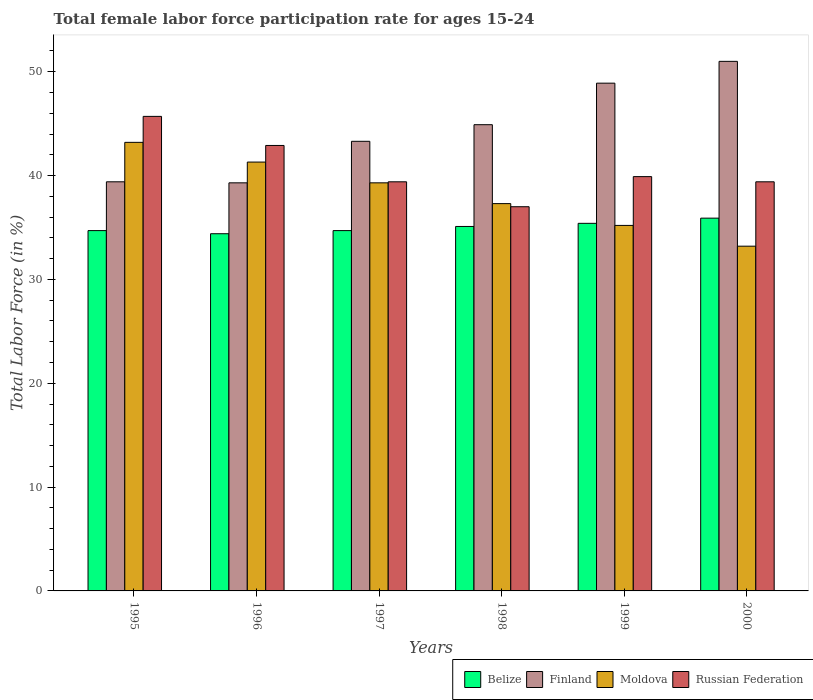
| Years | Belize | Finland | Moldova | Russian Federation |
 | --- | --- | --- | --- | --- |
 | 1995 | 34.7 | 39.4 | 43.2 | 45.7 |
 | 1996 | 34.4 | 39.3 | 41.3 | 42.9 |
 | 1997 | 34.7 | 43.3 | 39.3 | 39.4 |
 | 1998 | 35.1 | 44.9 | 37.3 | 37 |
 | 1999 | 35.4 | 48.9 | 35.2 | 39.9 |
 | 2000 | 35.9 | 51 | 33.2 | 39.4 |